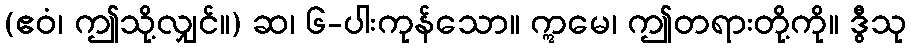
(ဧဝံ၊ ဤသို့လျှင်။) ဆ၊ ၆-ပါးကုန်သော။ ဣမေ၊ ဤတရားတို့ကို။ ဒွီသု